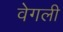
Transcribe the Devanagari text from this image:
वेगली